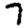
Digit: 7